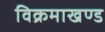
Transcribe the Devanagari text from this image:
विक्रमाखण्ड